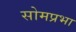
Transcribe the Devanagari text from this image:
सोमप्रभा